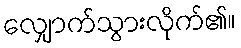
လျှောက်သွားလိုက်၏။